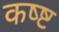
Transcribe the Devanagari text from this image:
कष्ष्ट